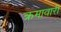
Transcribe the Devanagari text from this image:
क्रमावारी